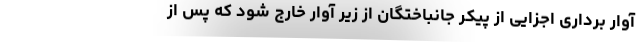
آوار برداری اجزایی از پیکر جانباختگان از زیر آوار خارج شود که پس از